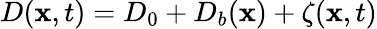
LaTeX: D(\mathbf{x},t)=D_{0}+D_{b}(\mathbf{x})+\zeta(\mathbf{x},t)